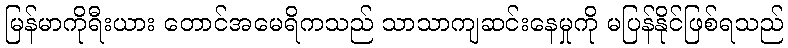
မြန်မာကိုရီးယား တောင်အမေရိကသည် သာသာကျဆင်းနေမှုကို မပြန်နိုင်ဖြစ်ရသည်